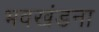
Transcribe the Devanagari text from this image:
भवखंडना